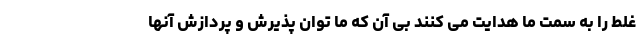
غلط را به سمت ما هدایت می کنند بی آن که ما توان پذیرش و پردازش آنها